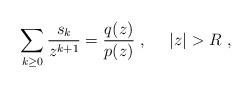
LaTeX: \begin{align*} \sum_{k \geq 0 } \frac{ s_{k}}{z^{k+1}} = \frac{q (z)}{p (z) } \ , \ \ \ \ |z| > R \ ,\end{align*}